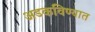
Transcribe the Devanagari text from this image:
अडकविण्यात